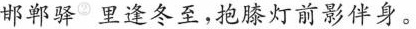
邯郸驿^{②}里逢冬至，抱膝灯前影伴身。